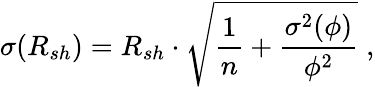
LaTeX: \sigma(R_{sh})=R_{sh}\cdot\sqrt{\frac{1}{n}+\frac{\sigma^{2}(\phi)}{\phi^{2}}}\; ,